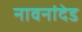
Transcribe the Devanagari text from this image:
नावनांदेड